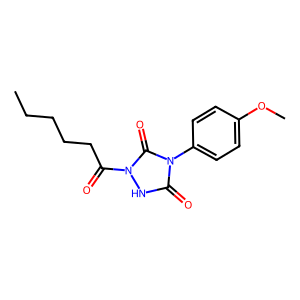
SMILES: CCCCCC(=O)n1[nH]c(=O)n(-c2ccc(OC)cc2)c1=O
Inhibits HIV replication: No